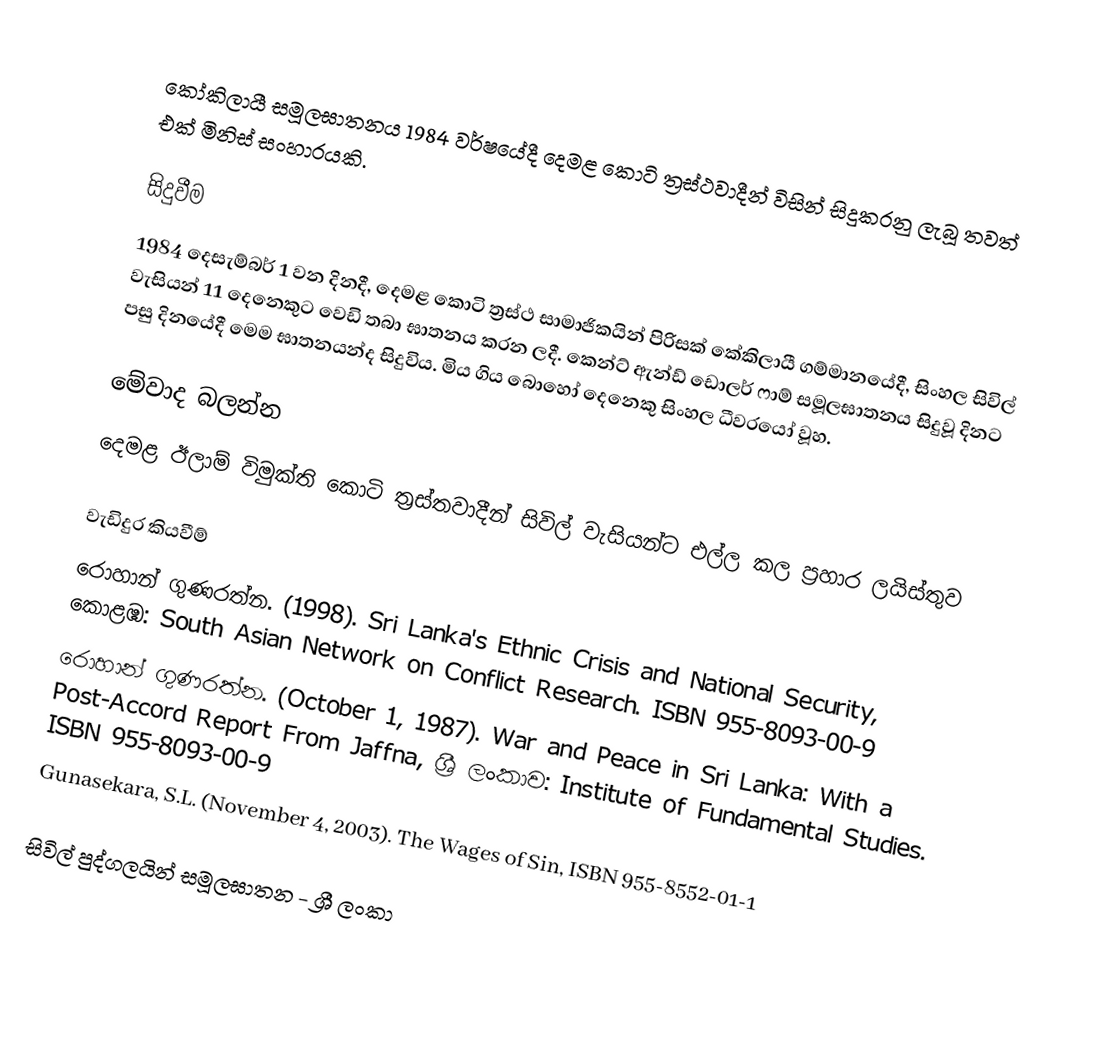
කෝකිලායී සමූලඝාතනය 1984 වර්ෂයේදී දෙමළ කොටි ත්‍රස්ථවාදීන් විසින් සිදුකරනු ලැබූ තවත් එක් මිනිස් සංහාරයකි.

සිදුවීම
1984 දෙසැම්බර් 1 වන දිනදී, දෙමළ කොටි ත්‍රස්ථ සාමාජිකයින් පිරිසක් කේකිලායී ගම්මානයේදී, සිංහල සිවිල් වැසියන් 11 දෙනෙකුට වෙඩි තබා ඝාතනය කරන ලදී. කෙන්ට් ඇන්ඩ් ඩොලර් ෆාම් සමූලඝාතනය සිදුවූ දිනට පසු දිනයේදී මෙම ඝාතනයන්ද සිදුවිය. මිය ගිය බොහෝ දෙනෙකු සිංහල ධීවරයෝ වූහ.

මේවාද බලන්න
 දෙමළ ඊලාම් විමුක්ති කොටි ත්‍රස්තවාදීන් සිවිල් වැසියන්ට එල්ල කල ප්‍රහාර ලයිස්තුව

වැඩිදුර කියවීම්
 රොහාන් ගුණරත්න. (1998). Sri Lanka's Ethnic Crisis and National Security, කොළඹ: South Asian Network on Conflict Research. ISBN 955-8093-00-9
 රොහාන් ගුණරත්න. (October 1, 1987). War and Peace in Sri Lanka: With a Post-Accord Report From Jaffna, ශ්‍රී ලංකාව: Institute of Fundamental Studies. ISBN 955-8093-00-9
 Gunasekara, S.L. (November 4, 2003). The Wages of Sin, ISBN 955-8552-01-1

සිවිල් පුද්ගලයින් සමූලඝාතන - ශ්‍රී ලංකා